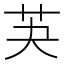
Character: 芵